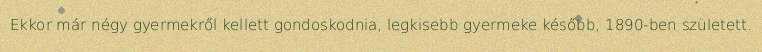
Ekkor már négy gyermekről kellett gondoskodnia, legkisebb gyermeke később, 1890-ben született.